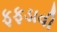
ફફડાવી